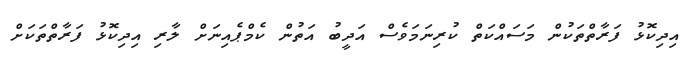
އިދިކޮޅު ފަރާތްތަކުން މަސައްކަތް ކުރިނަމަވެސް އަދީބު އަތުން ކެމްޕެއިނަށް ލާރި އިދިކޮޅު ފަރާތްތަކަށް